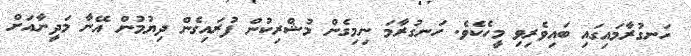
ހަނގުރާމައިގައި ބައިވެރިވި މީހެކެވެ. ހަނގުރާމަ ނިމިގެން މުޝްރިކުން ފުރައިގެން ދިޔުމުން އޭނާ މަދީނާއަށް